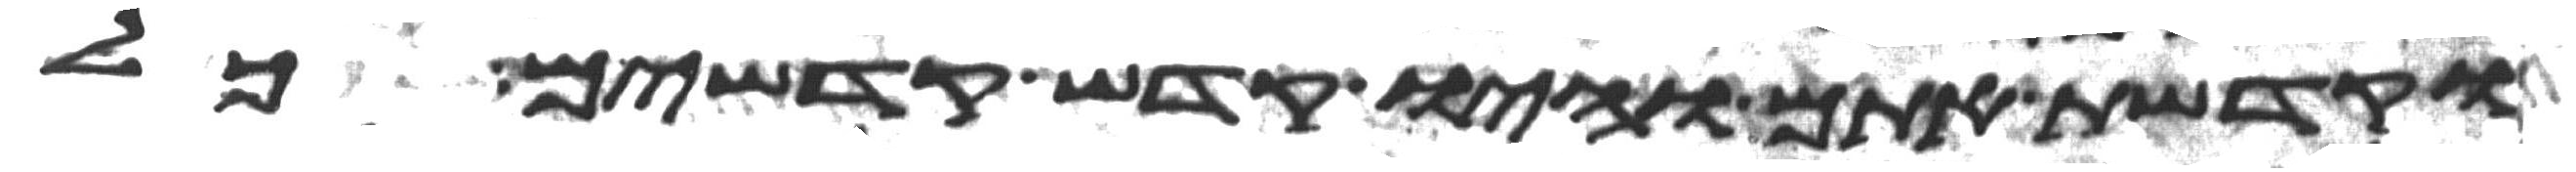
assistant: וקדשת אתם והיו קדש קדשים כל